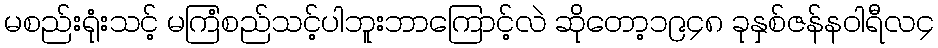
မစည်းရုံးသင့် မကြံစည်သင့်ပါဘူးဘာကြောင့်လဲ ဆိုတော့၁၉၄၈ ခုနှစ်ဇန်နဝါရီလ၄